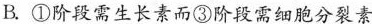
B.①阶段需生长素而③阶段需细胞分裂素